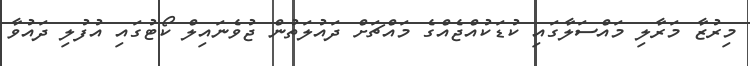
މިރުޒާ މަރާލި މައްސަލާގައި ކުޑަކުއްޖެއްގެ މައްޗަށް ދައުލަތުން ޖުވެނައިލް ކޯޓުގައި އުފުލި ދައުވާ